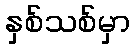
နှစ်သစ်မှာ